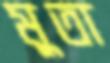
মুতা